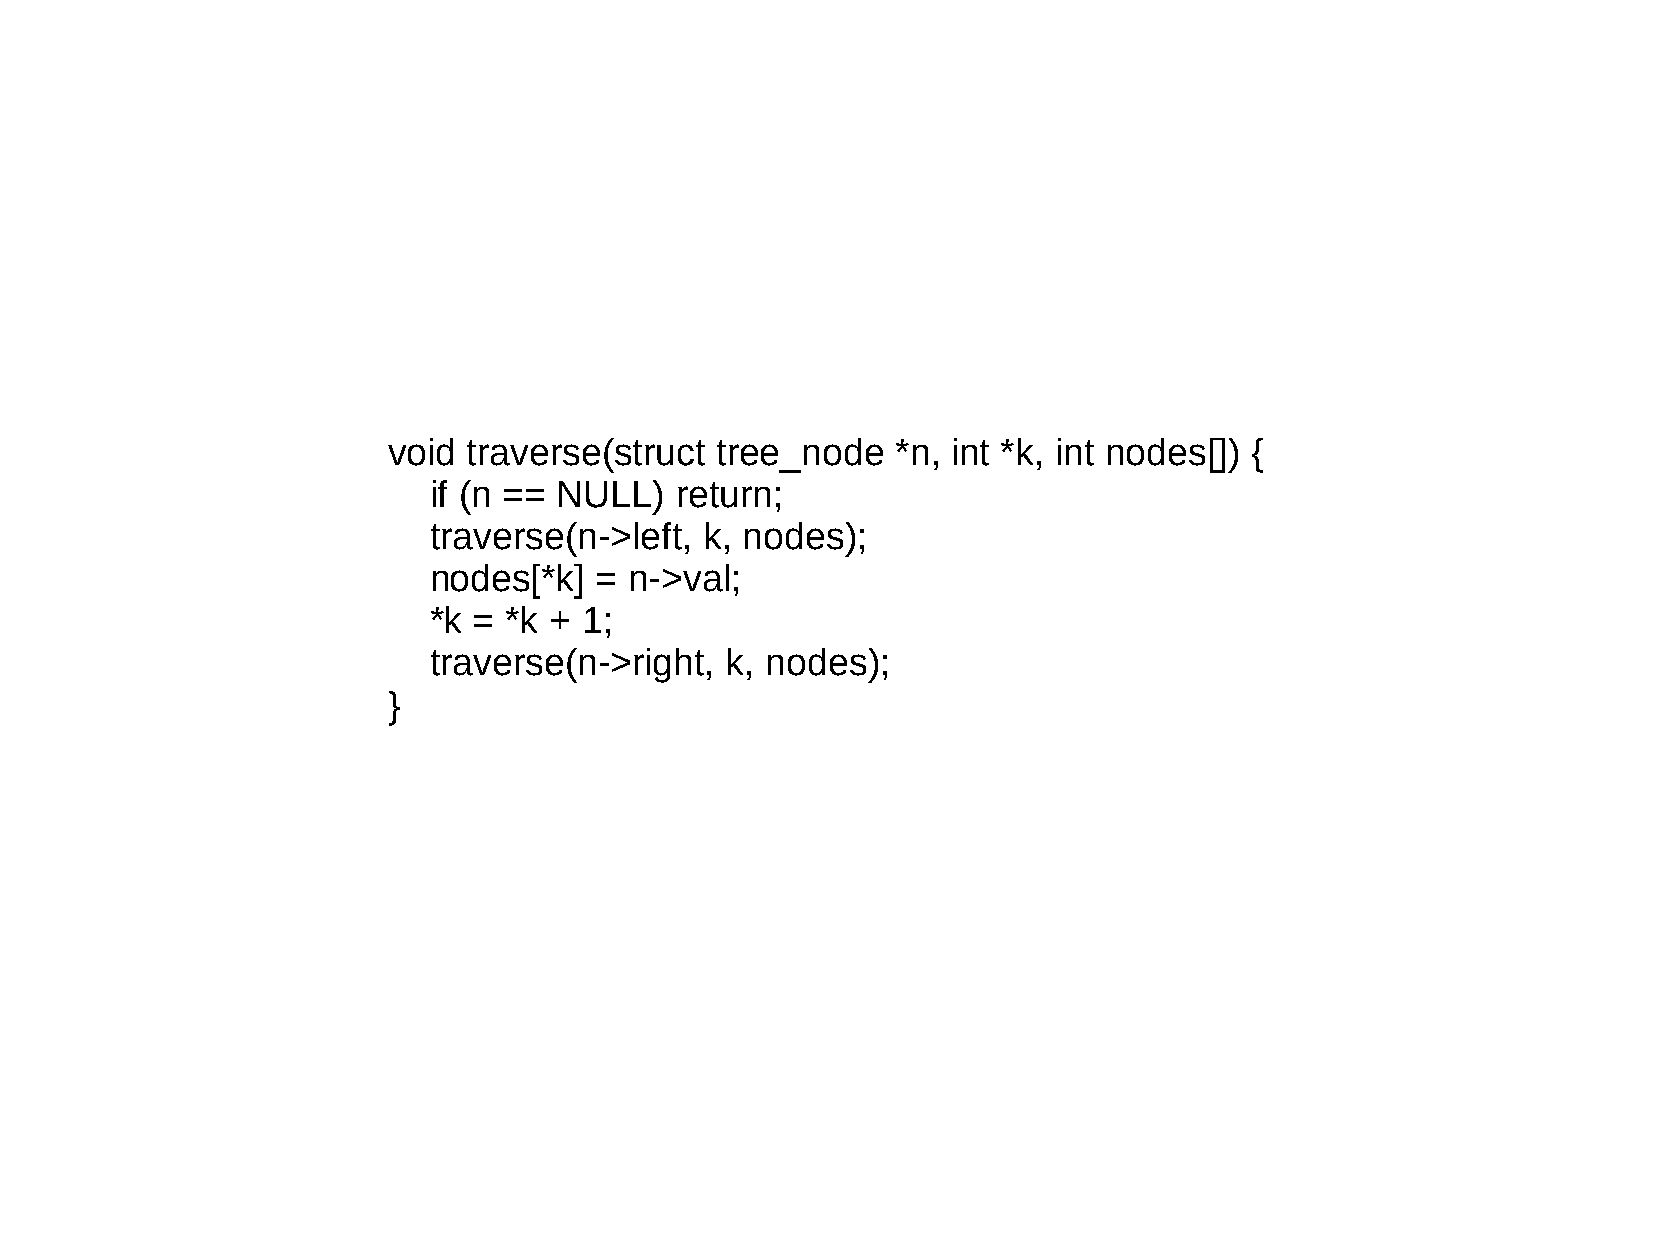
void traverse(struct tree_node   *n, int *k, int nodes[]) {
 if (n == NULL)   return;
 traverse(n->left,  k, nodes);
 nodes[*k]  =  n->val;
 *k = *k +  1;
 traverse(n->right,  k, nodes);
 }